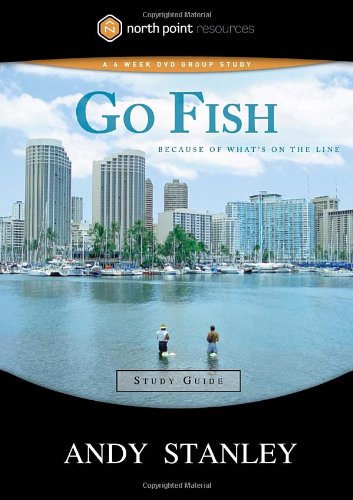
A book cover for Go Fish Study Guide: Because of What's on the Line (North Point Resources); Andy Stanley; Children's Books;